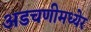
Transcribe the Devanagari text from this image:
अडचणीमध्येर